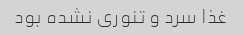
غذا سرد و تنوری نشده بود